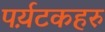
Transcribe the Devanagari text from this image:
पर्य़टकहरु